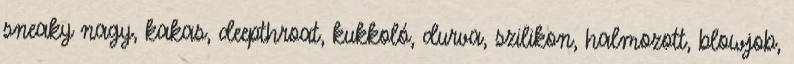
sneaky nagy, kakas, deepthroat, kukkoló, durva, szilikon, halmozott, blowjob,